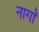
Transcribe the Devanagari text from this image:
नार्गों